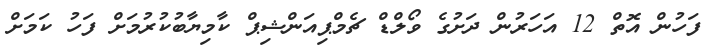
ފަހުން އޮތް 12 އަހަރުން ދަށުގެ ވޯލްޑް ޗެމްޕިއަންޝިޕް ކާމިޔާބުކުރުމަށް ފަހު ކަމަށް